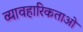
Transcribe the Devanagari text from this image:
व्यावहारिकताओ